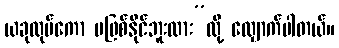
ယခုလုပ်ကော မဖြစ်နိုင်ဘူးလား”လို့ လျှောက်ပါတယ်။